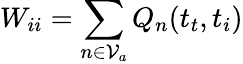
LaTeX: W_{ii}=\sum_{n\in\mathcal{V}_{a}}Q_{n}(t_{t},t_{i})